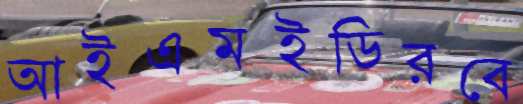
আইএমইডিরবে